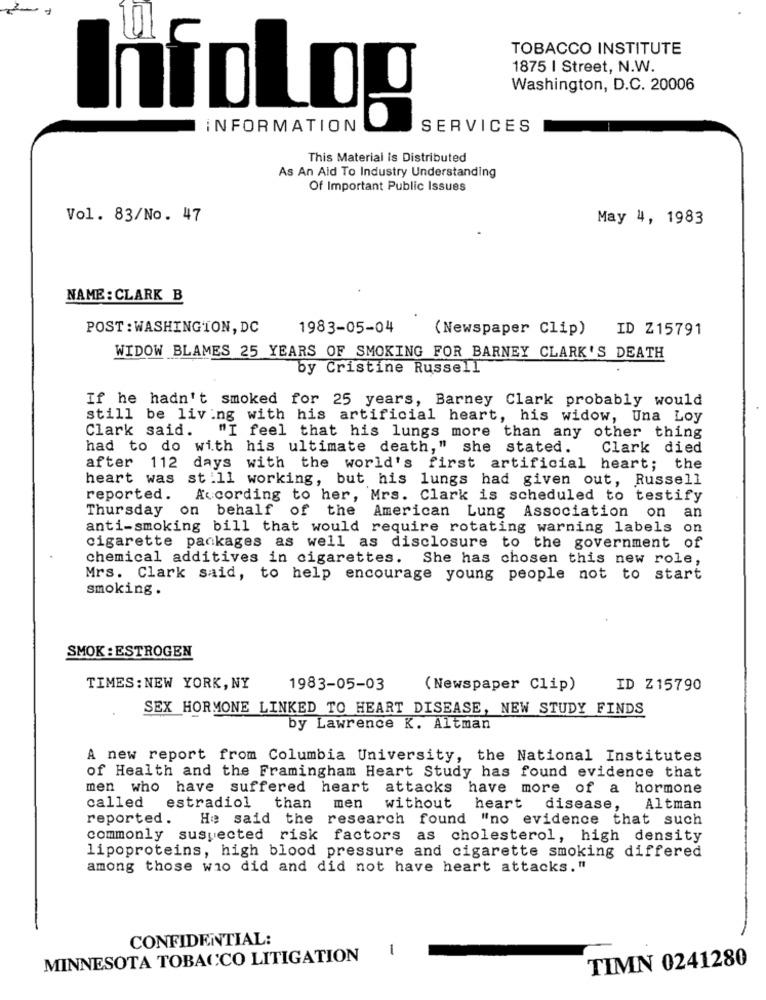
TOBACCO INSTITUTE
1875 I Street, N.W.
Washington, D.C. 20006
Infolog
INFORMATION
SERVICES
This Material Is Distributed
As An Aid To Industry Understanding
Of Important Public Issues
Vol. 83/No. 47
May 4, 1983
NAME : CLARK B
POST : WASHINGTON, DC
1983-05-04
(Newspaper Clip)
ID Z15791
WIDOW BLAMES 25 YEARS OF SMOKING FOR BARNEY CLARK'S DEATH
by Cristine Russell
If he hadn't smoked for 25 years, Barney Clark probably would
still be living with his artificial heart, his widow, Una Loy
Clark said.
"I feel that his lungs more than any other thing
had to do with his ultimate death," she stated.
Clark died
after 112 days with the world's first artificial heart; the
heart was still working, but his lungs had given out, Russell
reported. According to her, Mrs. Clark is scheduled to testify
Thursday on behalf of the American Lung Association on an
anti-smoking bill that would require rotating warning labels on
cigarette packages as well as disclosure to the government of
chemical additives in cigarettes. She has chosen this new role,
Mrs. Clark said, to help encourage young people not to start
smoking.
SMOK : ESTROGEN
TIMES: NEW YORK, NY
1983-05-03
( Newspaper Clip)
ID Z15790
SEX HORMONE LINKED TO HEART DISEASE, NEW STUDY FINDS
by Lawrence K. Altman
A new report from Columbia University, the National Institutes
of Health and the Framingham Heart Study has found evidence that
men who have suffered heart attacks have more of a hormone
estradiol
called
than
men
without
heart
disease,
Altman
reported .
He said the research found "no evidence that such
commonly suspected risk factors as cholesterol, high density
lipoproteins, high blood pressure and cigarette smoking differed
among those who did and did not have heart attacks."
CONFIDENTIAL:
1
MINNESOTA TOBACCO LITIGATION
TIMN 0241280